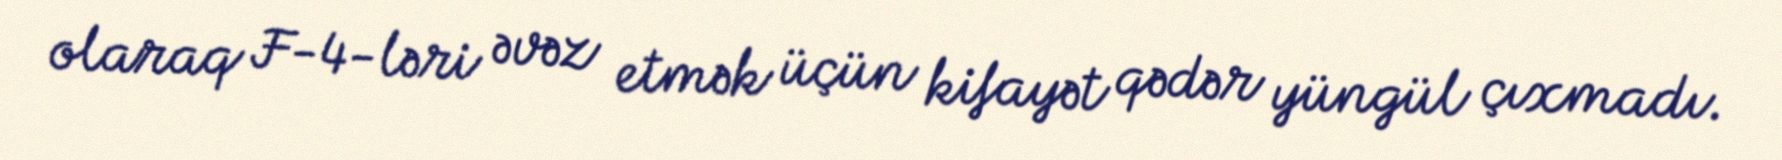
olaraq F-4-ləri əvəz etmək üçün kifayət qədər yüngül çıxmadı.